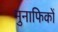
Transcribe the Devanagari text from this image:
मुनाफिकों